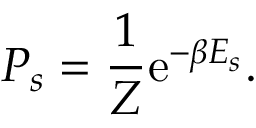
P _ { s } = { \frac { 1 } { Z } } \mathrm { e } ^ { - \beta E _ { s } } .